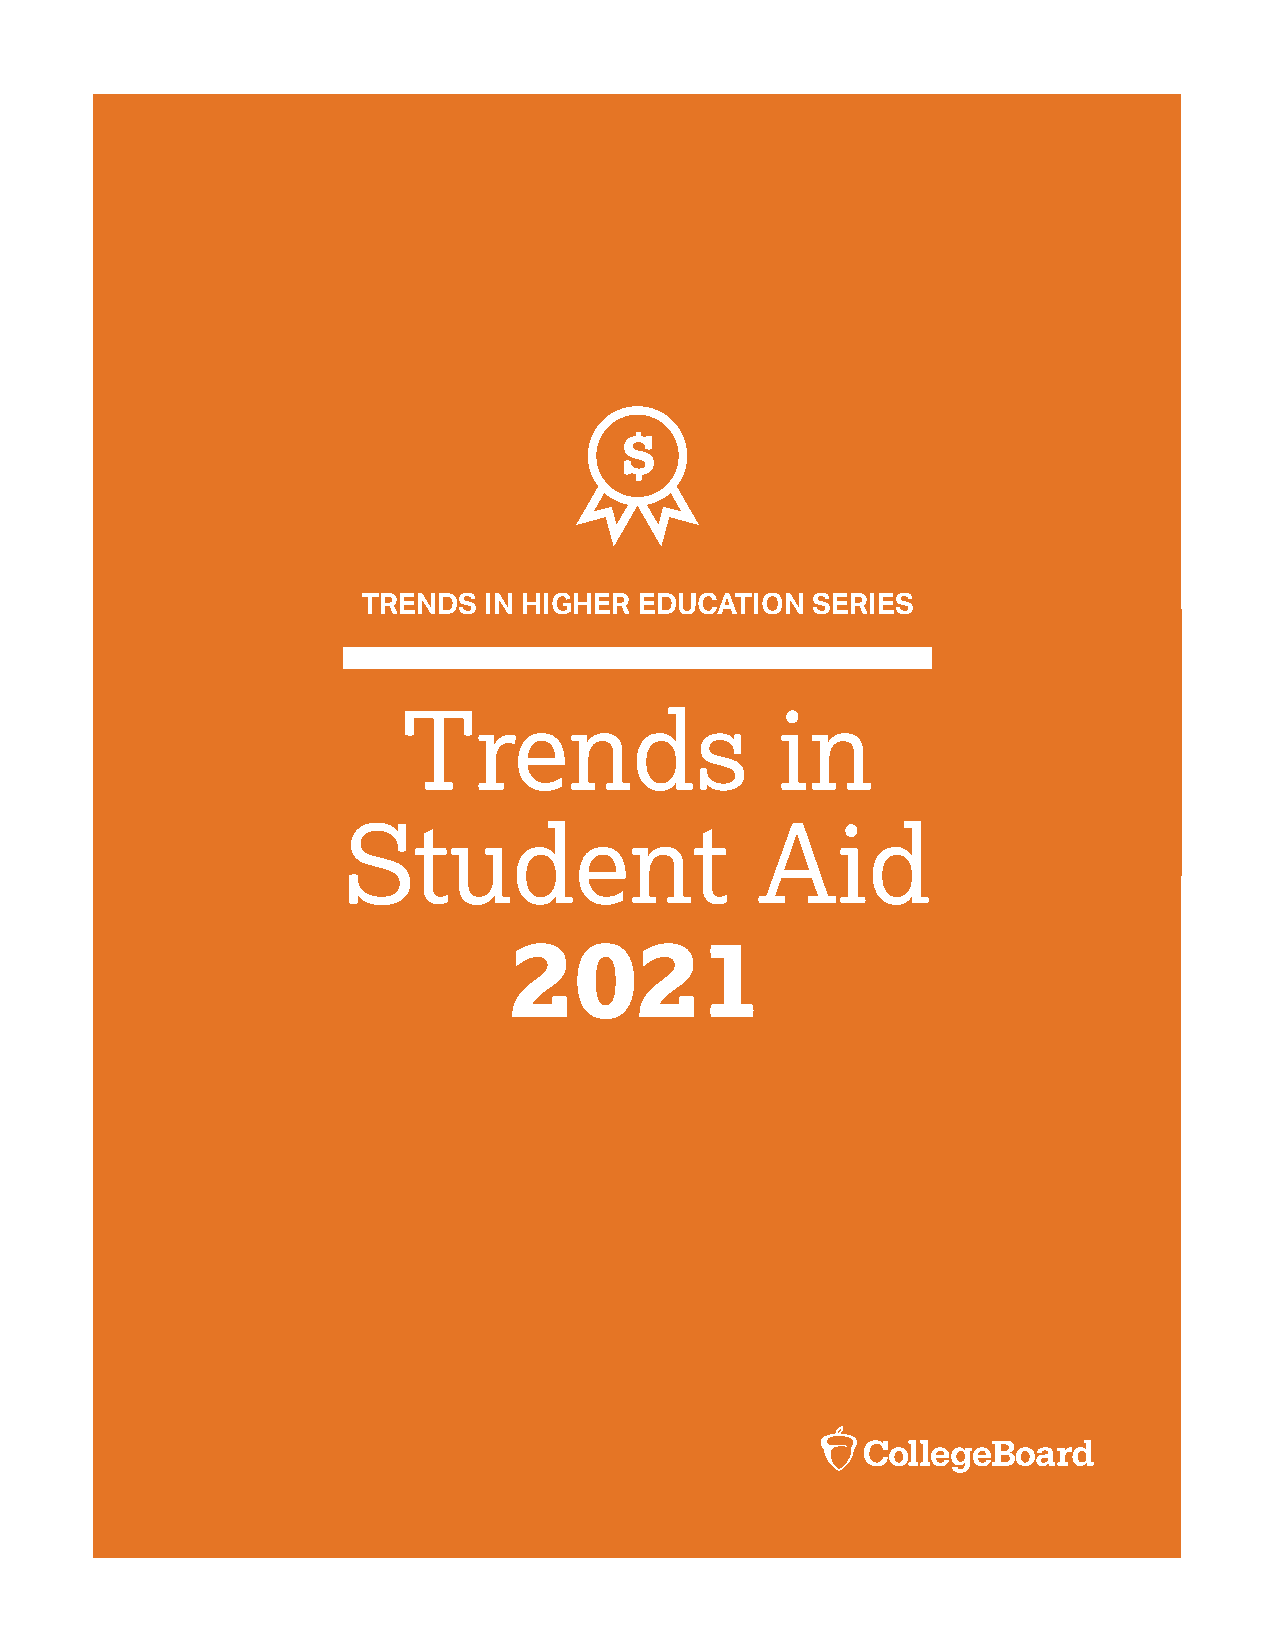
TRENDS  IN HIGHER EDUCATION   SERIES
 Trends                  in
 Student                    Aid
 2021